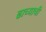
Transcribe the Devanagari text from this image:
ढाच्याची